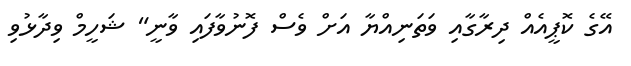
އޭގެ ކޮޕީއެއް ދިރާގާއި ވަތަނިއްޔާ އަށް ވެސް ފޮނުވާފައި ވާނީ" ޝަހީމް ވިދާޅުވި